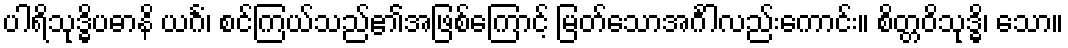
ပါရိသုဒ္ဓိပဓာနိ ယင်္ဂံ၊ စင်ကြယ်သည်၏အဖြစ်ကြောင့် မြတ်သောအင်္ဂါလည်းကောင်း။ စိတ္တဝိသုဒ္ဓိ၊ သော။